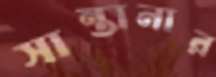
সান্তানার